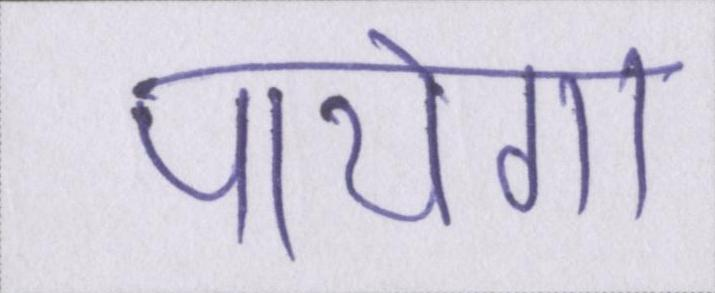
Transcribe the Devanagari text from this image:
पायेगा